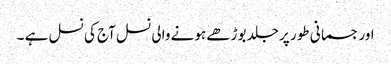
اور جسمانی طور پر جلد بوڑھے ہونے والی نسل آج کی نسل ہے ۔